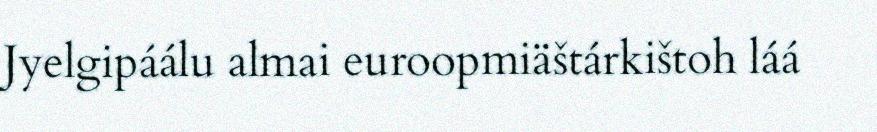
Jyelgipáálu almai euroopmiäštárkištoh láá